Indian journal of veterinary science and animal husbandry - Volume 7,
Year: 1937
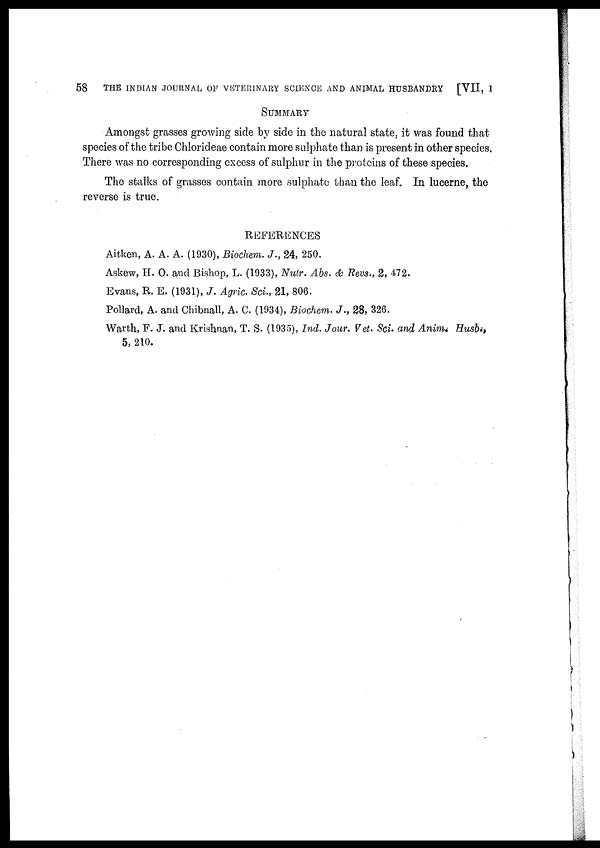
58
THE INDIAN JOURNAL OF VETERINARY SCIENCE AND ANIMAL HUSBANDRY
[VII, I
SUMMARY
Amongst grasses growing side by side in the natural state, it was found that
species of the tribe Chlorideae contain more sulphate than is present in other species.
There was no corresponding excess of sulphur in the proteins of these species.
The stalks of grasses contain more sulphate than the leaf. In lucerne, the
reverse is true.
REFERENCES
Aitken, A. A. A. (1930), Biochem. J., 24, 250.
Askew, H. O. and Bishop, L. (1933), Nutr. Abs. & Revs., 2, 472.
Evans, R. E. (1931), J. Agric. Sci., 21, 806.
Pollard, A. and Chibnall, A. C. (1934), Biochem. J., 28, 326.
Warth, F. J. and Krishnan, T. S. (1935), Ind. Jour. Vet. Sci. and Anim, Husb.,
5, 210.